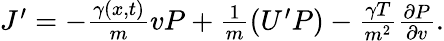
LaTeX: \begin{array}{r}{J^{\prime}=-{\frac{\gamma(x,t)}{m}}vP+{\frac{1}{m}}(U^{\prime}P)-{\frac{\gamma T}{m^{2}}}{\frac{\partial P}{\partial v}}.}\end{array}